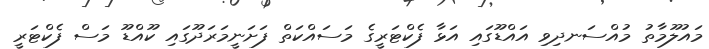
މައުލޫމާތު މުއްސަނދިވި އައްޑޫގައި އަޅާ ފެކްޓަރީގެ މަސައްކަތް ފަށަނީމަރަދޫގައި ކޫއްޑޫ މަސް ފެކްޓަރީ